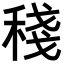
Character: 𥟥